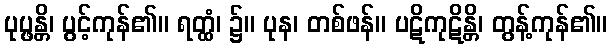
ပုပ္ဖန္တိ၊ ပွင့်ကုန်၏။ ရတ္ထံ၊ ၌။ ပုန၊ တစ်ဖန်။ ပဋိကုဋိန္တိ၊ တွန့်ကုန်၏။